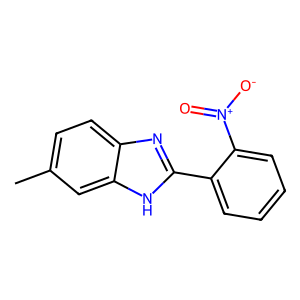
SMILES: Cc1ccc2nc(-c3ccccc3[N+](=O)[O-])[nH]c2c1
Inhibits HIV replication: No